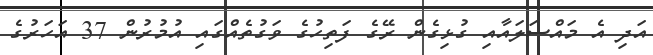
އަދި އެ މައްސަލައާއި ގުޅިގެން ރޭގެ ފަތިހުގެ ވަގުތެއްގައި އުމުރުން 37 އަހަރުގެ